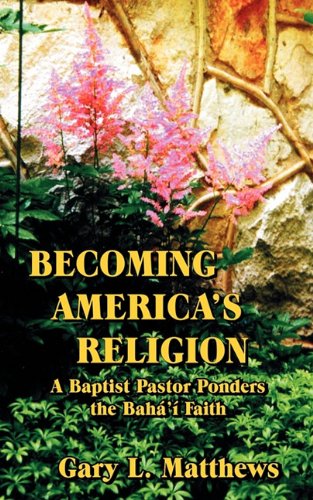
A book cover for Becoming America's Religion; Gary L. Matthews; Religion & Spirituality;